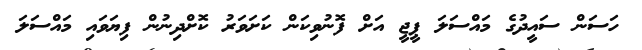
ހަސަން ސައީދުގެ މައްސަލަ ޕީޖީ އަށް ފޮނުވިކަން ކަށަވަރު ކޮށްދިނުން ފިޔަވަައި މައްސަލަ